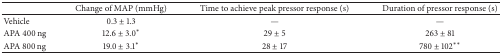
<table><thead><tr><td><b> </b></td><td><b>Change of MAP (mmHg)</b></td><td><b>Time to achieve peak pressor response (s)</b></td><td><b>Duration of pressor response (s)</b></td></tr></thead><tbody><tr><td>Vehicle</td><td>0.3 ± 1.3</td><td>—</td><td>—</td></tr><tr><td>APA 400 ng</td><td>12.6 ± 3.0<sup><i>∗</i></sup></td><td>29 ± 5</td><td>263 ± 81</td></tr><tr><td>APA 800 ng</td><td>19.0 ± 3.1<sup><i>∗</i></sup></td><td>28 ± 17</td><td>780 ± 102<sup><i>∗∗</i></sup></td></tr></tbody></table>